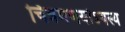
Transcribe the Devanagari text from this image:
चित्रमणयोऽयस्य